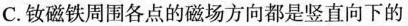
C.钕磁铁周围各点的磁场方向都是竖直向下的